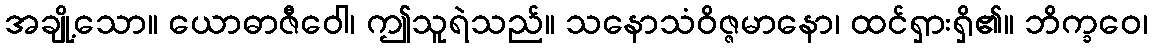
အချို့သော။ ယောဓာဇီဝေါ၊ ဤသူရဲသည်။ သနောသံဝိဇ္ဇမာနော၊ ထင်ရှားရှိ၏။ ဘိက္ခဝေ၊